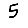
Digit: 5